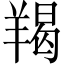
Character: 羯